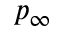
p _ { \infty }